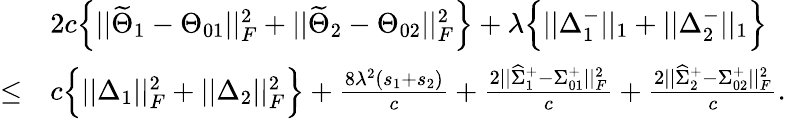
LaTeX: \begin{array}{rl}&{2c\Big\{ ||\widetilde{\Theta}_{1}-\Theta_{01}||_{F}^{2}+||\widetilde{\Theta}_{2}-\Theta_{02}||_{F}^{2}\Big\} +\lambda\Big\{ ||\Delta_{1}^{-}||_{1}+||\Delta_{2}^{-}||_{1}\Big\} }\\ {\leq}&{c\Big\{ ||\Delta_{1}||_{F}^{2}+||\Delta_{2}||_{F}^{2}\Big\} +\frac{8\lambda^{2}(s_{1}+s_{2})}{c}+\frac{2||\widehat{\Sigma}_{1}^{+}-\Sigma_{01}^{+}||_{F}^{2}}{c}+\frac{2||\widehat{\Sigma}_{2}^{+}-\Sigma_{02}^{+}||_{F}^{2}}{c}.}\end{array}